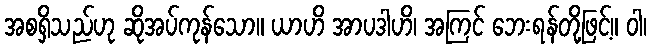
အစရှိသည်ဟု ဆိုအပ်ကုန်သော။ ယာဟိ အာပဒါဟိ၊ အကြင် ဘေးရန်တို့ဖြင့်။ ဝါ၊